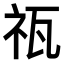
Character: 𥘳